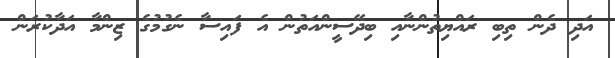
އަދި ދެން ތިބި ރައްޔިތުންނާއި ބިދޭސީންއަތުން އެ ފައިސާ ނެގުމުގެ ޒިންމާ އަދާކުރަން